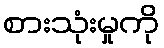
စားသုံးမှုကို